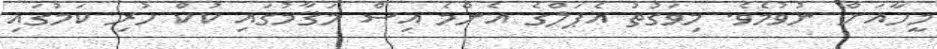
މީހާއަށް ނުވުމެވެ. މިވަގުތު އެޕަލްގެ އެންމެ އިސް މަޤާމުގައި ކުކް ހުރި ކަމުގައި